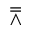
\doublebarwedge